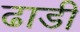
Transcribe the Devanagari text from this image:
ढाडी